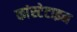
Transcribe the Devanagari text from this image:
कांस्टेटाइन